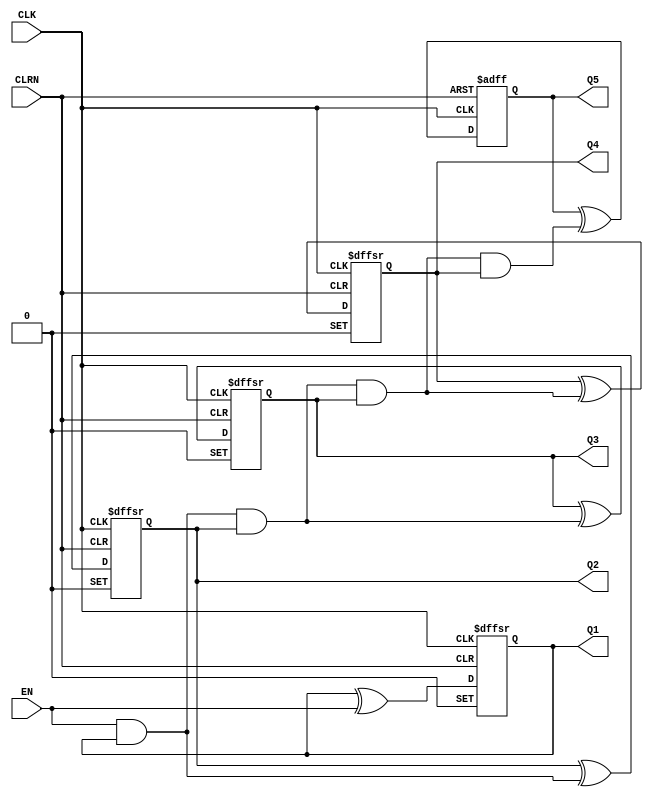
// Copyright (C) 2022  Intel Corporation. All rights reserved.
// Your use of Intel Corporation's design tools, logic functions 
// and other software and tools, and any partner logic 
// functions, and any output files from any of the foregoing 
// (including device programming or simulation files), and any 
// associated documentation or information are expressly subject 
// to the terms and conditions of the Intel Program License 
// Subscription Agreement, the Intel Quartus Prime License Agreement,
// the Intel FPGA IP License Agreement, or other applicable license
// agreement, including, without limitation, that your use is for
// the sole purpose of programming logic devices manufactured by
// Intel and sold by Intel or its authorized distributors.  Please
// refer to the applicable agreement for further details, at
// https://fpgasoftware.intel.com/eula.

// PROGRAM		"Quartus Prime"
// VERSION		"Version 21.1.1 Build 850 06/23/2022 SJ Standard Edition"
// CREATED		"Tue Nov  8 09:07:24 2022"

module lab10step2b(
	EN,
	CLK,
	CLRN,
	Q1,
	Q2,
	Q3,
	Q4,
	Q5
);


input wire	EN;
input wire	CLK;
input wire	CLRN;
output wire	Q1;
output wire	Q2;
output wire	Q3;
output wire	Q4;
output reg	Q5;

wire	SYNTHESIZED_WIRE_11;
wire	SYNTHESIZED_WIRE_12;
wire	SYNTHESIZED_WIRE_13;
wire	SYNTHESIZED_WIRE_14;
wire	SYNTHESIZED_WIRE_7;
reg	TFF_inst;
reg	TFF_inst1;
reg	TFF_inst2;
reg	TFF_inst3;

assign	Q1 = TFF_inst;
assign	Q2 = TFF_inst1;
assign	Q3 = TFF_inst2;
assign	Q4 = TFF_inst3;
assign	SYNTHESIZED_WIRE_11 = 1;





always@(posedge CLK or negedge CLRN or negedge SYNTHESIZED_WIRE_11)
begin
if (!CLRN)
	begin
	TFF_inst <= 0;
	end
else
if (!SYNTHESIZED_WIRE_11)
	begin
	TFF_inst <= 1;
	end
else
	TFF_inst <= TFF_inst ^ EN;
end


always@(posedge CLK or negedge CLRN or negedge SYNTHESIZED_WIRE_11)
begin
if (!CLRN)
	begin
	TFF_inst1 <= 0;
	end
else
if (!SYNTHESIZED_WIRE_11)
	begin
	TFF_inst1 <= 1;
	end
else
	TFF_inst1 <= TFF_inst1 ^ SYNTHESIZED_WIRE_12;
end


always@(posedge CLK or negedge CLRN or negedge SYNTHESIZED_WIRE_11)
begin
if (!CLRN)
	begin
	TFF_inst2 <= 0;
	end
else
if (!SYNTHESIZED_WIRE_11)
	begin
	TFF_inst2 <= 1;
	end
else
	TFF_inst2 <= TFF_inst2 ^ SYNTHESIZED_WIRE_13;
end


always@(posedge CLK or negedge CLRN or negedge SYNTHESIZED_WIRE_11)
begin
if (!CLRN)
	begin
	TFF_inst3 <= 0;
	end
else
if (!SYNTHESIZED_WIRE_11)
	begin
	TFF_inst3 <= 1;
	end
else
	TFF_inst3 <= TFF_inst3 ^ SYNTHESIZED_WIRE_14;
end


always@(posedge CLK or negedge CLRN)
begin
if (!CLRN)
	begin
	Q5 <= 0;
	end
else
	Q5 <= Q5 ^ SYNTHESIZED_WIRE_7;
end

assign	SYNTHESIZED_WIRE_12 = EN & TFF_inst;

assign	SYNTHESIZED_WIRE_13 = SYNTHESIZED_WIRE_12 & TFF_inst1;

assign	SYNTHESIZED_WIRE_14 = SYNTHESIZED_WIRE_13 & TFF_inst2;

assign	SYNTHESIZED_WIRE_7 = SYNTHESIZED_WIRE_14 & TFF_inst3;


endmodule